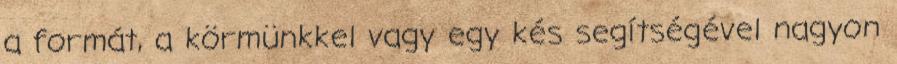
a formát, a körmünkkel vagy egy kés segítségével nagyon